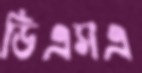
ডিএসএ